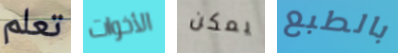
تعلم الأخوات يمكن بالطبع